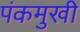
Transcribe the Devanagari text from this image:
पंकमुखी